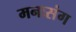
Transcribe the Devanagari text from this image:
मनःसंग